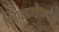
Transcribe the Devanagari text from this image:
शिकागोपर्यंत